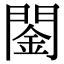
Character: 䦦